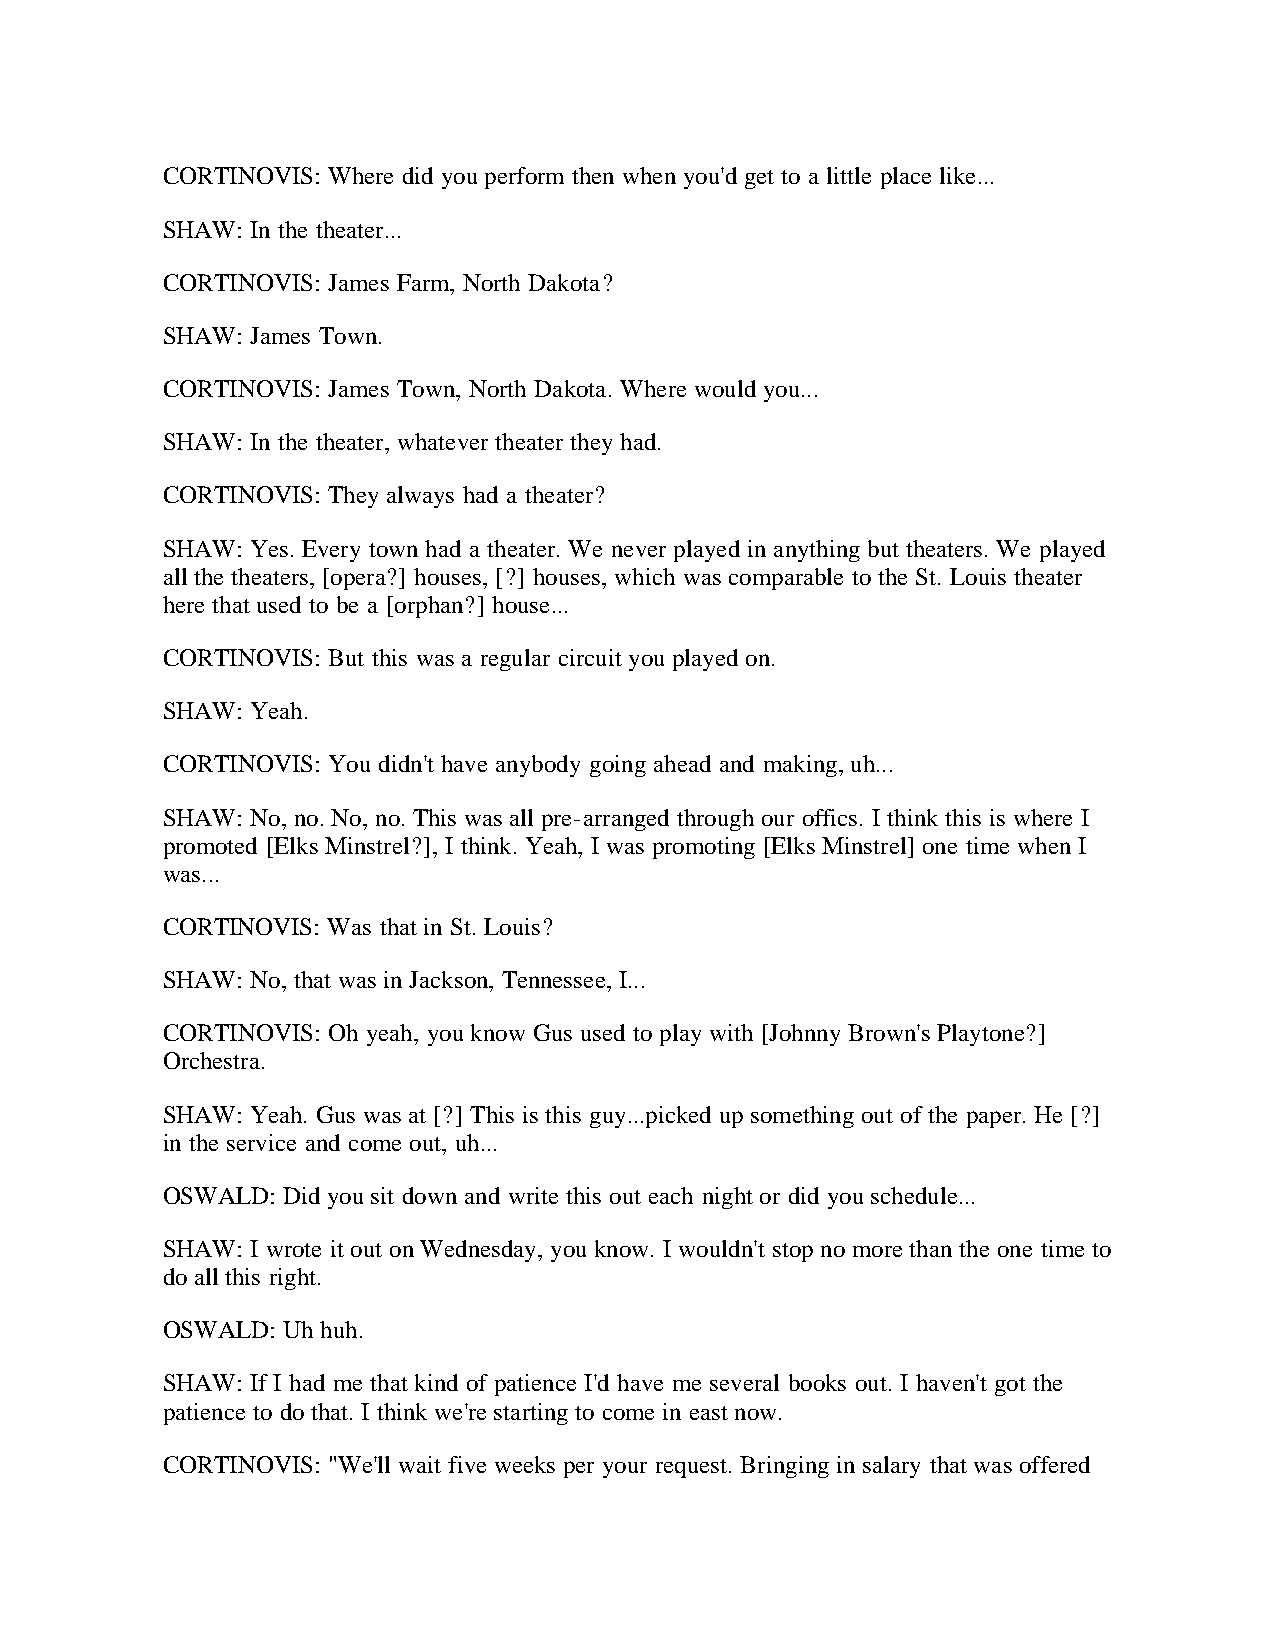
CORTINOVIS: Where did you perform then when you'd get to a little place like...
 SHAW: In the theater...
 CORTINOVIS: James Farm, North Dakota?
 SHAW: James Town.
 CORTINOVIS: James Town, North Dakota. Where would you...
 SHAW: In the theater, whatever theater they had.
 CORTINOVIS: They always had a theater?
 SHAW: Yes. Every town had a theater. We never played in anything but theaters. We played
 all the theaters, [opera?] houses, [?] houses, which was comparable to the St. Louis theater
 here that used to be a [orphan?] house...
 CORTINOVIS: But this was a regular circuit you played on.
 SHAW: Yeah.
 CORTINOVIS: You didn't have anybody going ahead and making, uh...
 SHAW: No, no. No, no. This was all pre-arranged through our offics. I think this is where I
 promoted [Elks Minstrel?], I think. Yeah, I was promoting [Elks Minstrel] one time when I
 was...
 CORTINOVIS: Was that in St. Louis?
 SHAW: No, that was in Jackson, Tennessee, I...
 CORTINOVIS: Oh yeah, you know Gus used to play with [Johnny Brown's Playtone?]
 Orchestra.
 SHAW: Yeah. Gus was at [?] This is this guy...picked up something out of the paper. He [?]
 in the service and come out, uh...
 OSWALD: Did you sit down and write this out each night or did you schedule...
 SHAW: I wrote it out on Wednesday, you know. I wouldn't stop no more than the one time to
 do all this right.
 OSWALD: Uh huh.
 SHAW: If I had me that kind of patience I'd have me several books out. I haven't got the
 patience to do that. I think we're starting to come in east now.
 CORTINOVIS: "We'll wait five weeks per your request. Bringing in salary that was offered